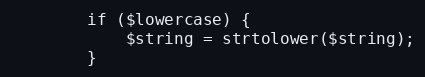
Language: PHP
        if ($lowercase) {
            $string = strtolower($string);
        }